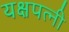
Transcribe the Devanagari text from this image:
यक्षपत्‍नी